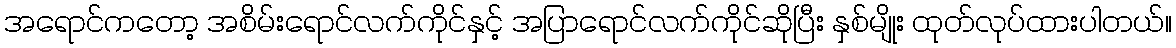
အရောင်ကတော့ အစိမ်းရောင်လက်ကိုင်နှင့် အပြာရောင်လက်ကိုင်ဆိုပြီး နှစ်မျိုး ထုတ်လုပ်ထားပါတယ်။